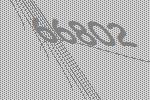
66802